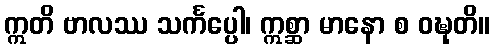
ဣတိ ဗာလဿ သင်္ကပ္ပေါ၊ ဣစ္ဆာ မာနော စ ဝဍ္ဎုတိ။